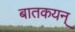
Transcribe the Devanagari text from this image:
बातकयन्